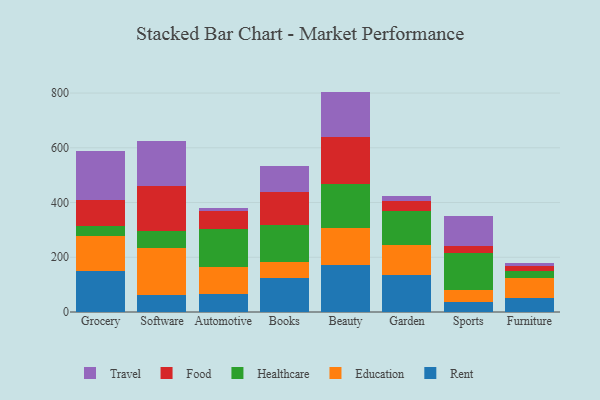
{"axis": {"x": "Category", "y": "Humidity (%)"}, "legend": ["Education", "Food", "Healthcare", "Rent", "Travel"], "data": [{"x": "Grocery", "y": 150.0, "type": "Rent"}, {"x": "Grocery", "y": 126.6, "type": "Education"}, {"x": "Grocery", "y": 38.7, "type": "Healthcare"}, {"x": "Grocery", "y": 93.6, "type": "Food"}, {"x": "Grocery", "y": 179.3, "type": "Travel"}, {"x": "Software", "y": 63.0, "type": "Rent"}, {"x": "Software", "y": 169.7, "type": "Education"}, {"x": "Software", "y": 63.7, "type": "Healthcare"}, {"x": "Software", "y": 163.1, "type": "Food"}, {"x": "Software", "y": 165.9, "type": "Travel"}, {"x": "Automotive", "y": 65.2, "type": "Rent"}, {"x": "Automotive", "y": 97.8, "type": "Education"}, {"x": "Automotive", "y": 141.6, "type": "Healthcare"}, {"x": "Automotive", "y": 63.5, "type": "Food"}, {"x": "Automotive", "y": 13.0, "type": "Travel"}, {"x": "Books", "y": 124.5, "type": "Rent"}, {"x": "Books", "y": 59.0, "type": "Education"}, {"x": "Books", "y": 135.9, "type": "Healthcare"}, {"x": "Books", "y": 120.2, "type": "Food"}, {"x": "Books", "y": 92.5, "type": "Travel"}, {"x": "Beauty", "y": 170.1, "type": "Rent"}, {"x": "Beauty", "y": 135.6, "type": "Education"}, {"x": "Beauty", "y": 162.2, "type": "Healthcare"}, {"x": "Beauty", "y": 173.0, "type": "Food"}, {"x": "Beauty", "y": 164.4, "type": "Travel"}, {"x": "Garden", "y": 136.2, "type": "Rent"}, {"x": "Garden", "y": 110.3, "type": "Education"}, {"x": "Garden", "y": 123.9, "type": "Healthcare"}, {"x": "Garden", "y": 34.7, "type": "Food"}, {"x": "Garden", "y": 18.5, "type": "Travel"}, {"x": "Sports", "y": 36.2, "type": "Rent"}, {"x": "Sports", "y": 45.9, "type": "Education"}, {"x": "Sports", "y": 134.6, "type": "Healthcare"}, {"x": "Sports", "y": 24.8, "type": "Food"}, {"x": "Sports", "y": 109.4, "type": "Travel"}, {"x": "Furniture", "y": 52.7, "type": "Rent"}, {"x": "Furniture", "y": 70.5, "type": "Education"}, {"x": "Furniture", "y": 24.8, "type": "Healthcare"}, {"x": "Furniture", "y": 21.3, "type": "Food"}, {"x": "Furniture", "y": 8.0, "type": "Travel"}]}